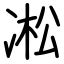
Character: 凇